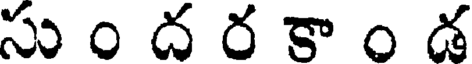
సు ం ద ర కా ం డ